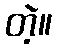
တဲ့။